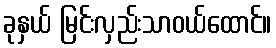
ခုနှယ် မြင်းလှည်းသာဝယ်ထောင်။